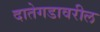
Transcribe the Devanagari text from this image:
दातेगडावरील